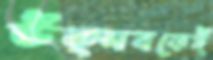
উত্সবকেই